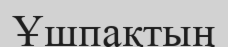
Ұшпақтың